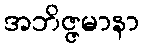
အဘိဇ္ဇမာနာ